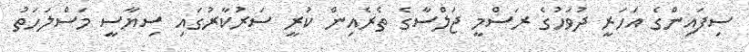
ސިފައިންގެ އަހަރީ ދުވަހުގެ ރަސްމީ ޖަލްސާގެ ތެރެއިން ކުރީ ސަރުކާރުގައި ސިޔާސީ މަސްލަހަތު